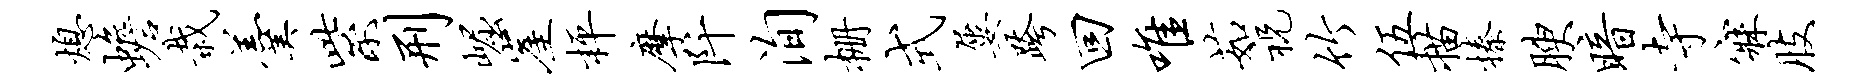
熄蟾栽羹紫刑崛崖枰摩阡洵栅式屡跨回唯茹祝竹伍描榛腴暗寺寐肢